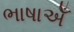
ભાષાએઁ